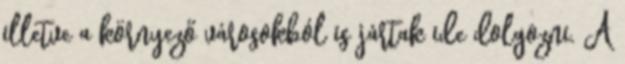
illetve a környező városokból is jártak ide dolgozni. A